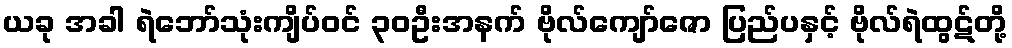
ယခု အခါ ရဲဘော်သုံးကျိပ်ဝင် ၃၀ဦးအနက် ဗိုလ်ကျော်ဇော ပြည်ပနှင့် ဗိုလ်ရဲထွဋ်တို့